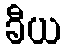
ခီယ